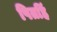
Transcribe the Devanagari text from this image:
पितहिं